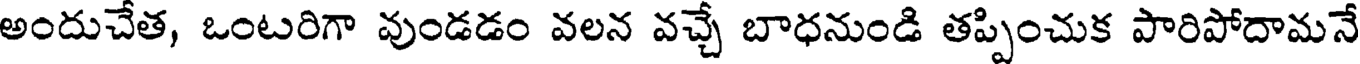
అందుచేత, ఒంటరిగా వుండడం వలన వచ్చే బాధనుండి తప్పించుక పారిపోదామనే